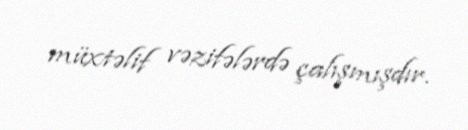
müxtəlif vəzifələrdə çalışmışdır.